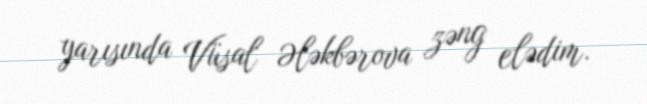
yarısında Vüsal Ələkbərova zəng elədim.